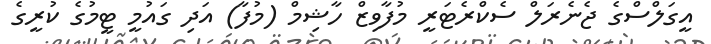
އީގަލްސްގެ ޖެނެރަލް ސެކްރެޓަރީ މުފާވިޒް ހާޝިމް (މުފާ) އަދި ގައުމީ ޓީމުގެ ކުރީގެ